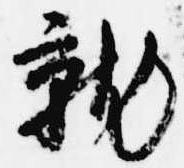
就